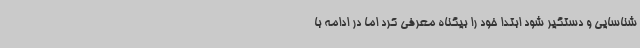
شناسایی و دستگیر شود ابتدا خود را بیگناه معرفی کرد اما در ادامه با